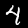
Digit: 4